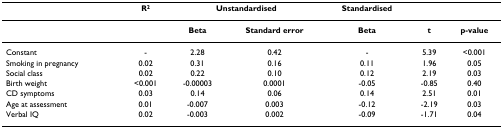
<table><thead><tr><td>[EMPTY_CELL]</td><td><b>R<sup>2</sup></b></td><td colspan="2"><b>Unstandardised</b></td><td><b>Standardised</b></td><td>[EMPTY_CELL]</td><td>[EMPTY_CELL]</td></tr></thead><tbody><tr><td>[EMPTY_CELL]</td><td>[EMPTY_CELL]</td><td><b>Beta</b></td><td><b>Standard error</b></td><td><b>Beta</b></td><td><b>t</b></td><td><b>p-value</b></td></tr><tr><td>Constant</td><td>-</td><td>2.28</td><td>0.42</td><td>-</td><td>5.39</td><td>&lt;0.001</td></tr><tr><td>Smoking in pregnancy</td><td>0.02</td><td>0.31</td><td>0.16</td><td>0.11</td><td>1.96</td><td>0.05</td></tr><tr><td>Social class</td><td>0.02</td><td>0.22</td><td>0.10</td><td>0.12</td><td>2.19</td><td>0.03</td></tr><tr><td>Birth weight</td><td>&lt;0.001</td><td>-0.00003</td><td>0.0001</td><td>-0.05</td><td>-0.85</td><td>0.40</td></tr><tr><td>CD symptoms</td><td>0.03</td><td>0.14</td><td>0.06</td><td>0.14</td><td>2.51</td><td>0.01</td></tr><tr><td>Age at assessment</td><td>0.01</td><td>-0.007</td><td>0.003</td><td>-0.12</td><td>-2.19</td><td>0.03</td></tr><tr><td>Verbal IQ</td><td>0.02</td><td>-0.003</td><td>0.002</td><td>-0.09</td><td>-1.71</td><td>0.04</td></tr></tbody></table>